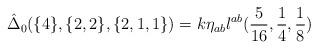
LaTeX: \begin{align*}\hat{\Delta}_0(\{4\},\{2,2\},\{2,1,1\})=k\eta_{ab}\l^{ab} (\frac{5}{16}, \frac{1}{4}, \frac{1}{8})\end{align*}